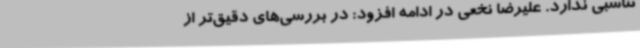
تناسبی ندارد. علیرضا نخعی در ادامه افزود: در بررسی‌های دقیق‌تر از